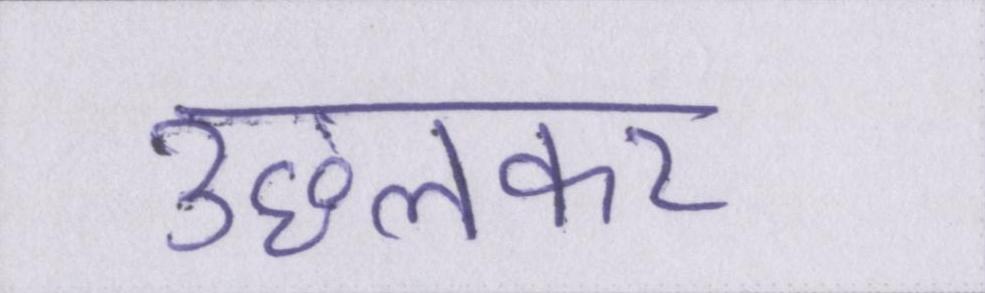
उछलकर